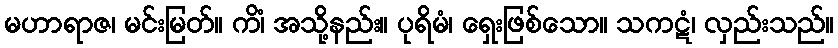
မဟာရာဇ၊ မင်းမြတ်။ ကိံ၊ အသို့နည်း။ ပုရိမံ၊ ရှေးဖြစ်သော။ သကဋံ၊ လှည်းသည်။